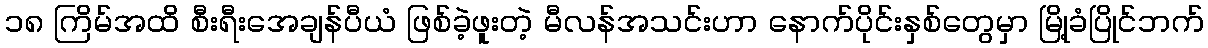
၁၈ ကြိမ်အထိ စီးရီးအေချန်ပီယံ ဖြစ်ခဲ့ဖူးတဲ့ မီလန်အသင်းဟာ နောက်ပိုင်းနှစ်တွေမှာ မြို့ခံပြိုင်ဘက်